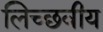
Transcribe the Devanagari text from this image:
लिच्छवीय